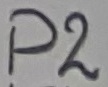
Text: P2